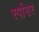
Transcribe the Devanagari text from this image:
स्पोंसर